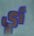
أي